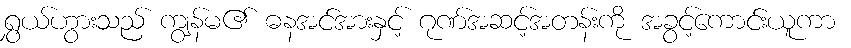
ရွှယ်ဟွားသည် ကျွန်မ၏ ဓနအင်အားနှင့် ဂုဏ်အဆင့်အတန်းကို အခွင့်ကောင်းယူကာ